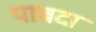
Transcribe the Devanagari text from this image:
पाबदा